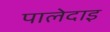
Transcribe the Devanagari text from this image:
पालेदाइ